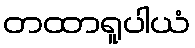
တထာရူပါယံ